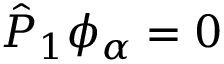
\hat { P } _ { 1 } \phi _ { \alpha } = 0